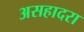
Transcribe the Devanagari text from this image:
असहादरा